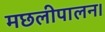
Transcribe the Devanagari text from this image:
मछलीपालन।